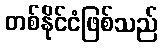
တစ်နိုင်ငံဖြစ်သည်